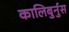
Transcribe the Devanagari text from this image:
कालिबुर्नुस